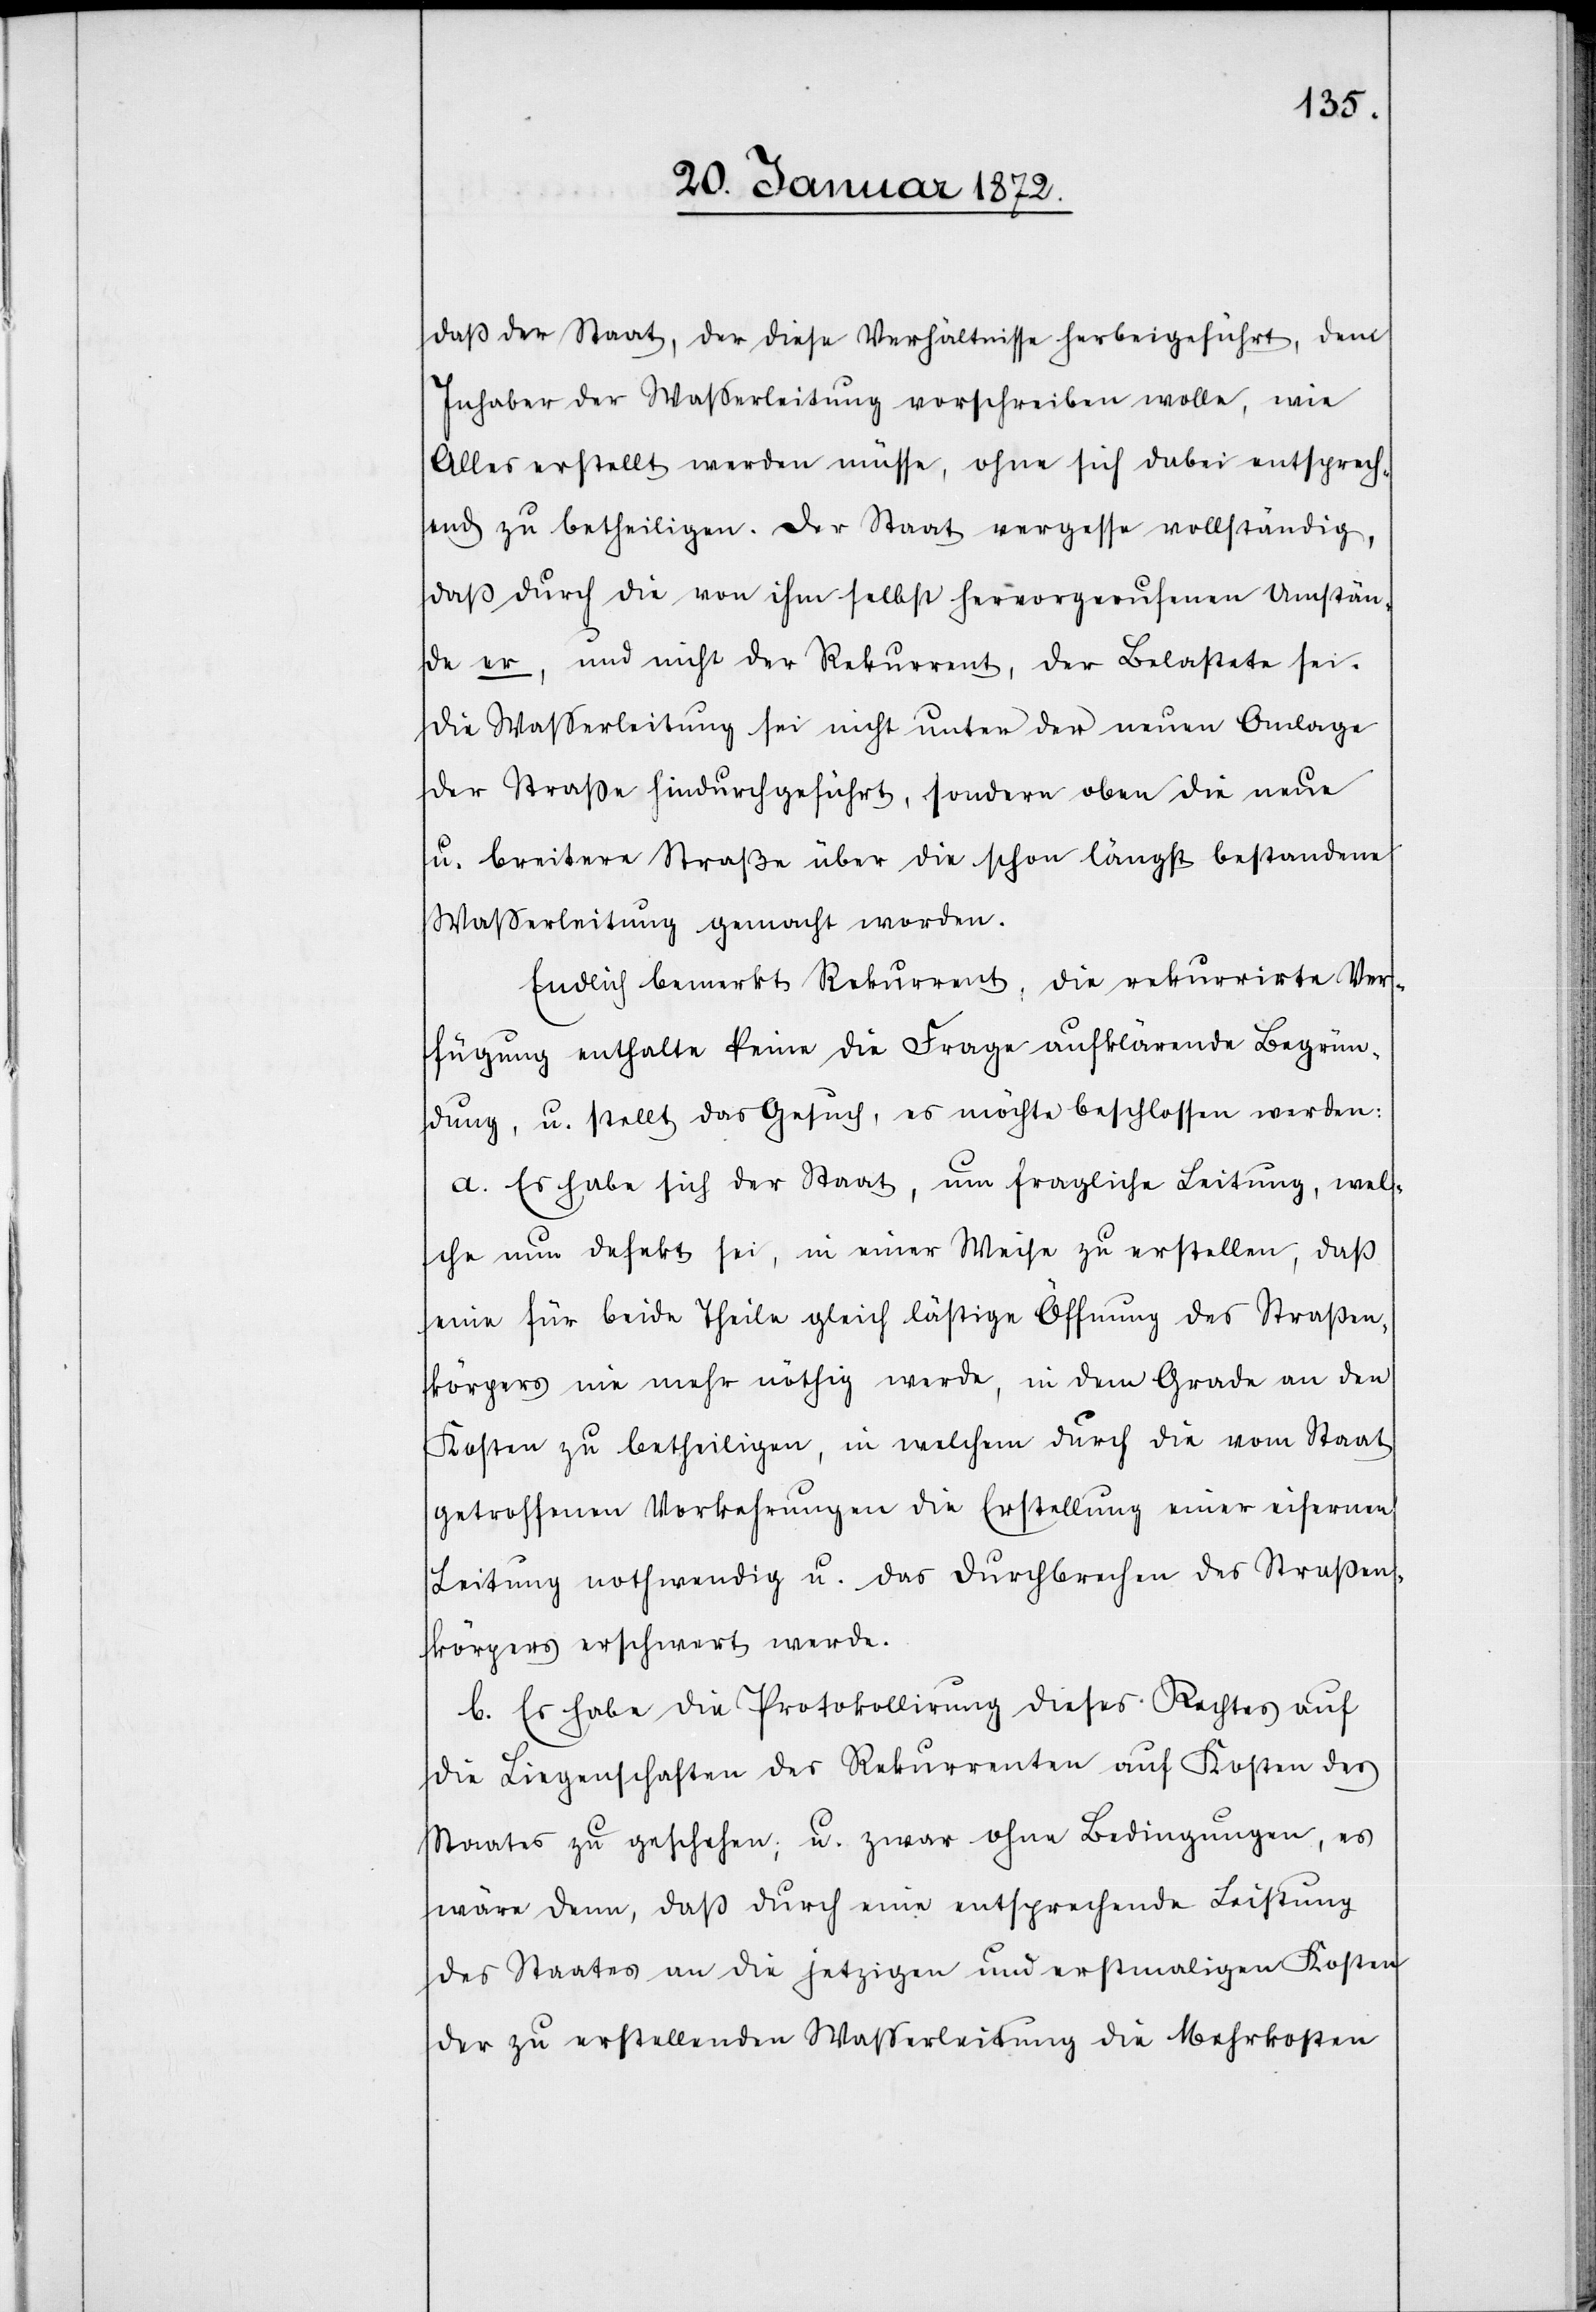
daß der Staat, der diese Verhältnisse herbeigeführt, dem
Inhaber der Wasserleitung vorschreiben wolle, wie
Alles erstellt werden müsse, ohne sich dabei entsprech¬
end zu betheiligen. Der Staat vergesse vollständig,
daß durch die von ihm selbst hervorgerufenen Umstän¬
de er, und nicht der Rekurrent, der Belastete sei.
Die Wasserleitung sei nicht unter der neuen Anlage
der Straße hindurchgeführt, sondern oben die neue
u. breitere Straße über die schon längst bestandene
Wasserleitung gemacht worden.
die rekurrirte Ver¬
Endlich bemerkt Rekurrent,
fügung enthalte keine die Frage aufklärende Begrün¬
dung, u. stellt das Gesuch, es möchte beschlossen werden:
a. Es habe sich der Staat, um fragliche Leitung, wel¬
che nun defekt sei, in einer Weise zu erstellen, daß
eine für beide Theile gleich lästige Öffnung des Straßen¬
körpers nie mehr nöthig werde, in dem Grade an den
Kosten zu betheiligen, in welchem durch die vom Staat
getroffenen Vorkehrungen die Erstellung einer eisernen
Leitung nothwendig u. das Durchbrechen des Straßen¬
körpers erschwert werde.
b. Es habe die Protokollirung dieses Rechtes auf
die Liegenschaften des Rekurrenten auf Kosten des
Staates zu geschehen; u. zwar ohne Bedingungen, es
wäre denn, daß durch eine entsprechende Leistung
des Staates an die jetzigen und erstmaligen Kosten
der zu erstellenden Wasserleitung die Mehrkosten